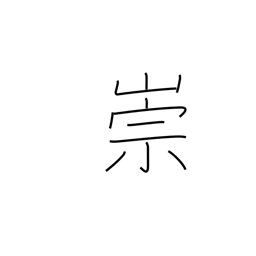
Meaning: adore